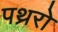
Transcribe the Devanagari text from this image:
पथ्ररो